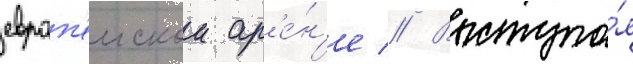
европ'еискои ар'е́н'е // Выступа́я